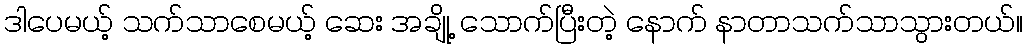
ဒါပေမယ့် သက်သာစေမယ့် ဆေး အချို့ သောက်ပြီးတဲ့ နောက် နာတာသက်သာသွားတယ်။